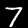
Digit: 7